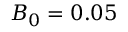
B _ { 0 } = 0 . 0 5